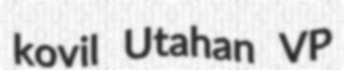
kovil Utahan VP